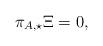
LaTeX: \begin{align*}\pi_{A, \star}\Xi= 0 ,\end{align*}